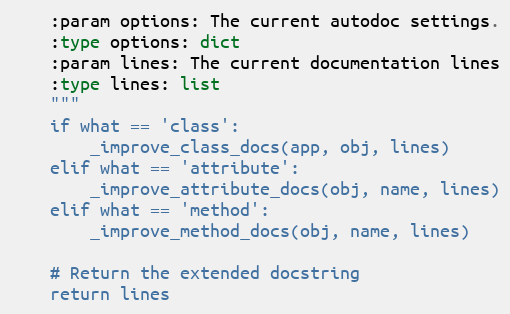
Language: Python
    :param options: The current autodoc settings.
    :type options: dict
    :param lines: The current documentation lines
    :type lines: list
    """
    if what == 'class':
        _improve_class_docs(app, obj, lines)
    elif what == 'attribute':
        _improve_attribute_docs(obj, name, lines)
    elif what == 'method':
        _improve_method_docs(obj, name, lines)

    # Return the extended docstring
    return lines